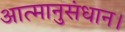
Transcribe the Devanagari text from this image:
आत्मानुसंधान।